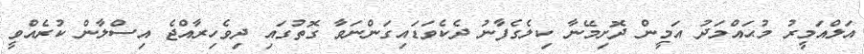
އަލްއަމީރު މުޙައްމަދު އަމީން ދޮށިމޭނާ ކިލެގެފާނު ދެކެވަޑައިގަންނަވާ ގޮތުގައި ދިވެހިރާއްޖެ އިސްލާން ކުރެއްވީ